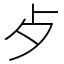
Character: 歺